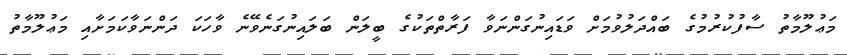
މަޢުލޫމާތު ސާފުކުރުމުގެ ބައްދަލުވުމަށް ވަޑައިނުގަންނަވާ ފަރާތްތަކުގެ ބީލަން ބަލައިނުގަނެވޭނެ ވާހަކަ ދަންނަވާކަމަށާއި މަޢުލޫމާތު